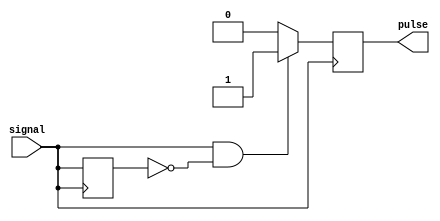
module rising_edge_pulse_generator (
    input wire signal,
    output reg pulse
);

reg signal_prev;

always @ (posedge signal) begin
    if (signal && !signal_prev) begin
        pulse <= 1;
    end else begin
        pulse <= 0;
    end
    signal_prev <= signal;
end

endmodule